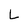
Character: L